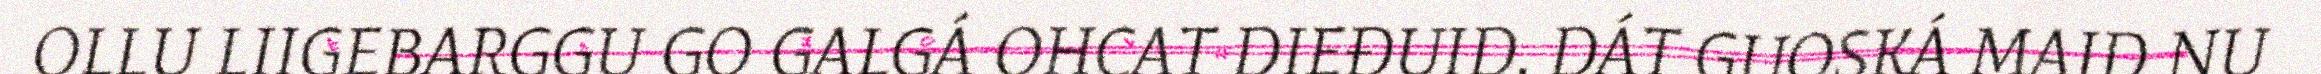
OLLU LIIGEBARGGU GO GALGÁ OHCAT DIEĐUID. DÁT GUOSKÁ MAID NU